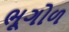
ભૂગોળ